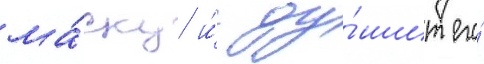
ма́ску и́ ду́шит его́